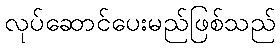
လုပ်ဆောင်ပေးမည်ဖြစ်သည်